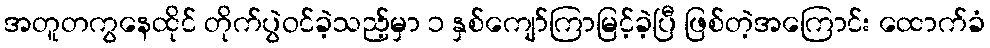
အတူတကွနေထိုင် တိုက်ပွဲဝင်ခဲ့သည့်မှာ ၁ နှစ်ကျော်ကြာမြင့်ခဲ့ပြီ ဖြစ်တဲ့အကြောင်း ထောက်ခံ